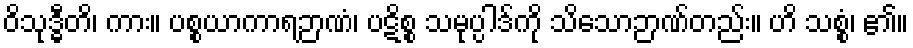
ဝိသုဒ္ဓီတိ၊ ကား။ ပစ္စယာကာရဉာဏံ၊ ပဋိစ္စ သမုပ္ပါဒ်ကို သိသောဉာဏ်တည်း။ ဟိ သစ္စံ၊ ၏။